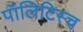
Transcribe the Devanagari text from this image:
पॉलिटिस्च